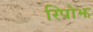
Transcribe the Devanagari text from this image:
रिपोझ